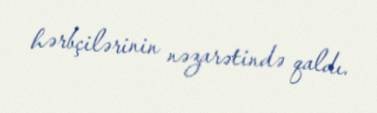
hərbçilərinin nəzarətində qaldı.